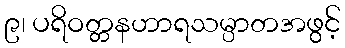
၉၊ ပရိဝတ္တနဟာရသမ္ပာတအဖွင့်